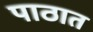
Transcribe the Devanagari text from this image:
पाठात